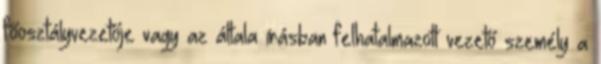
főosztályvezetője vagy az általa írásban felhatalmazott vezető személy a